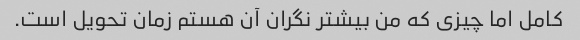
کامل اما چیزی که من بیشتر نگران آن هستم زمان تحویل است.